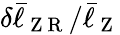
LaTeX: \delta\bar{\ell}_{\mathrm{~Z~R~}}/\bar{\ell}_{\mathrm{~Z~}}